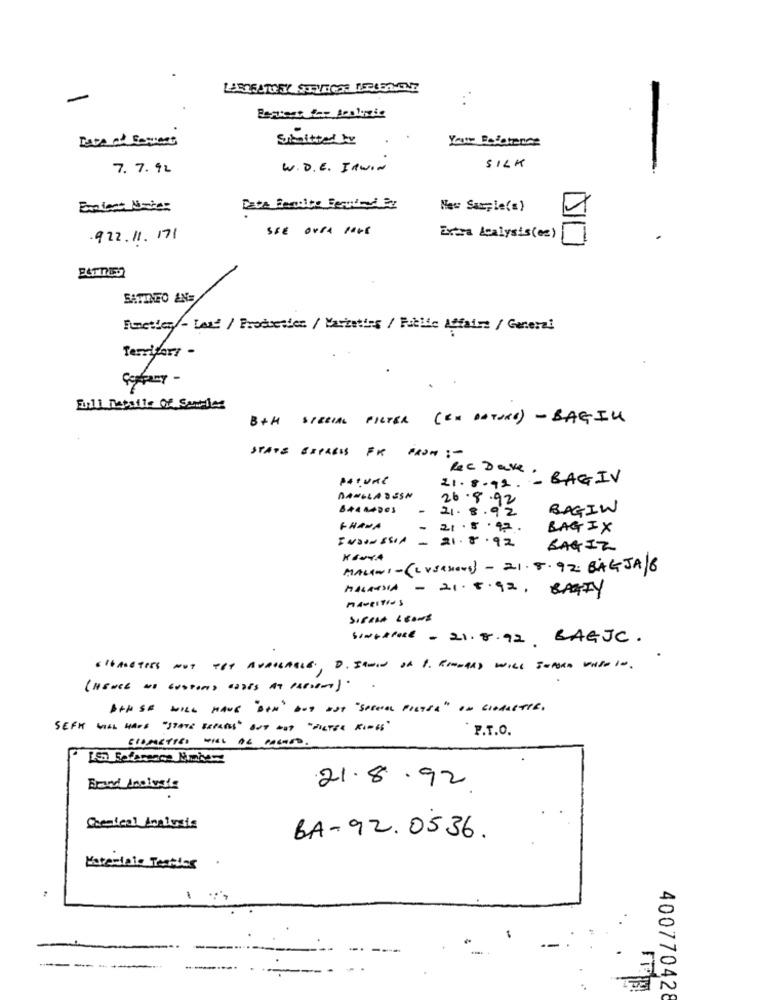
-
Submitted by
Your Restence
7.7.92
W. D . E. IRWIN
SILK
Enplent Note:
New Souple(s)
SEE OVER PAGE
.922.11. 171
Extra Analysis ( es)
PATTIES
SATINEO ANS
Functies/- Land / Production / Mariaties / Public Affairs / General
Territory -
Full Details Of Santles
B+H SPECIAL FILTER (&# DATORE ) - BAGIN
STATE EXPRESS FR FROM :-
Rec Dave
PATURE
21.8.92. - BAGIV
BANGLADESH
26. 8.92
21 . 8 . 92
BAGIN
GHANA
-
21.5 .42
BAGIX
INDONESIA
- 21.8.92
BAGIZ
MALINI - ( LUSASONO) - 21.8. 92. BAGJA/6
MALAYSIA - 21.5.92 , BPATY
MAveltins
SintPost - 21.8.92 BAGJC.
(HENCE WE CUSTOMS CODES AT PASIENT) . .
AANSE WILL HAVE "BAN" DOS IST"SPECIAL FIETS" ON CIORASTIE.
P.T.O.
[5] Reference Number
21.8.92
Brand Ancivate
Chemical Analysis
BA-92.0536.
Materiale Testlos
-
400770428